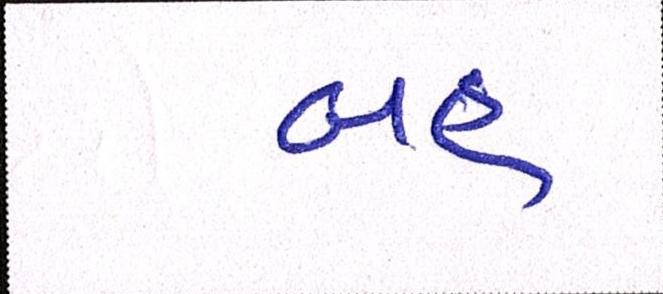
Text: બહ